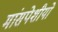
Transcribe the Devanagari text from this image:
मांसपेशीयो